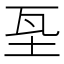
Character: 𡊝